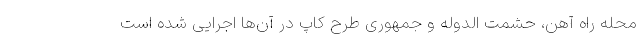
محله راه آهن، حشمت الدوله و جمهوری طرح کاپ در آن‌ها اجرایی شده است